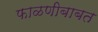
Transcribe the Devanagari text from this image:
फाळणीबाबत